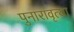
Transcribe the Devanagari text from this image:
पुनारावृत्या